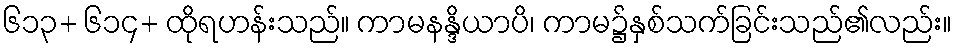
၆၁၃+ ၆၁၄+ ထိုရဟန်းသည်။ ကာမနန္ဒိယာပိ၊ ကာမ၌နှစ်သက်ခြင်းသည်၏လည်း။